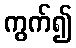
ကွက်၍